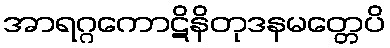
အာရဂ္ဂကောဋိနိတုဒနမတ္တေပိ